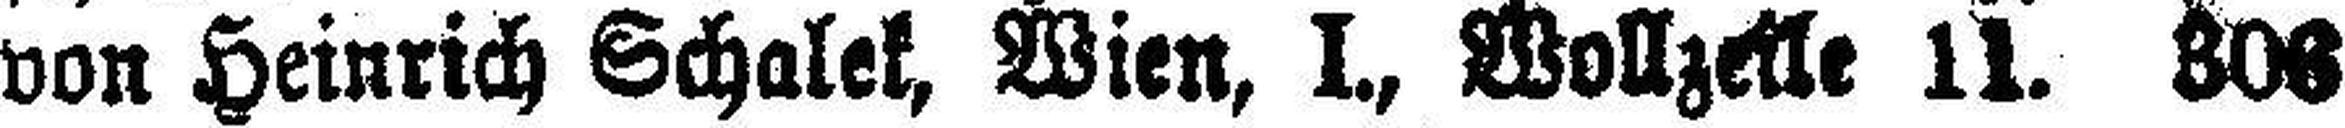
von Heinrich Schalek, Wien, I., Wollzeile 11. 306